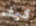
كيف